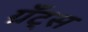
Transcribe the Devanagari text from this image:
ग्रँट्स